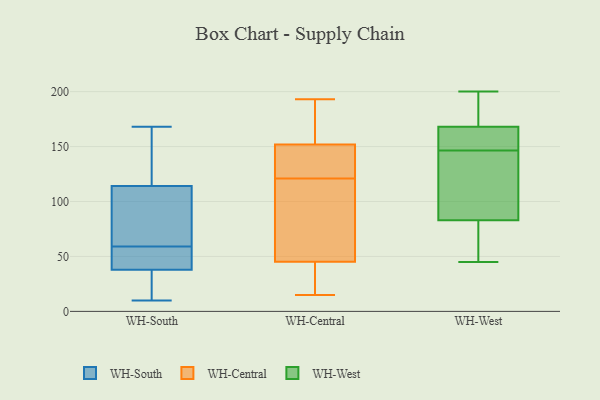
{"axis": {"x": "Operating Costs (USD K)", "y": "Value"}, "legend": ["WH-Central", "WH-South", "WH-West"], "data": [{"x": "", "y": 27, "type": "WH-South"}, {"x": "", "y": 109, "type": "WH-South"}, {"x": "", "y": 167, "type": "WH-South"}, {"x": "", "y": 113, "type": "WH-South"}, {"x": "", "y": 59, "type": "WH-South"}, {"x": "", "y": 14, "type": "WH-South"}, {"x": "", "y": 59, "type": "WH-South"}, {"x": "", "y": 38, "type": "WH-South"}, {"x": "", "y": 10, "type": "WH-South"}, {"x": "", "y": 41, "type": "WH-South"}, {"x": "", "y": 166, "type": "WH-South"}, {"x": "", "y": 46, "type": "WH-South"}, {"x": "", "y": 78, "type": "WH-South"}, {"x": "", "y": 168, "type": "WH-South"}, {"x": "", "y": 83, "type": "WH-South"}, {"x": "", "y": 38, "type": "WH-South"}, {"x": "", "y": 117, "type": "WH-South"}, {"x": "", "y": 73, "type": "WH-Central"}, {"x": "", "y": 36, "type": "WH-Central"}, {"x": "", "y": 23, "type": "WH-Central"}, {"x": "", "y": 149, "type": "WH-Central"}, {"x": "", "y": 151, "type": "WH-Central"}, {"x": "", "y": 15, "type": "WH-Central"}, {"x": "", "y": 121, "type": "WH-Central"}, {"x": "", "y": 160, "type": "WH-Central"}, {"x": "", "y": 193, "type": "WH-Central"}, {"x": "", "y": 94, "type": "WH-Central"}, {"x": "", "y": 152, "type": "WH-Central"}, {"x": "", "y": 200, "type": "WH-West"}, {"x": "", "y": 123, "type": "WH-West"}, {"x": "", "y": 45, "type": "WH-West"}, {"x": "", "y": 83, "type": "WH-West"}, {"x": "", "y": 108, "type": "WH-West"}, {"x": "", "y": 168, "type": "WH-West"}, {"x": "", "y": 59, "type": "WH-West"}, {"x": "", "y": 163, "type": "WH-West"}, {"x": "", "y": 158, "type": "WH-West"}, {"x": "", "y": 135, "type": "WH-West"}, {"x": "", "y": 165, "type": "WH-West"}, {"x": "", "y": 170, "type": "WH-West"}, {"x": "", "y": 184, "type": "WH-West"}, {"x": "", "y": 71, "type": "WH-West"}]}